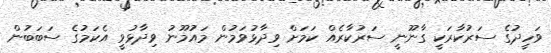
ވަހީދުގެ ސަރުކާރަކީ ގާނޫނީ ސަރުކާރެއް ކަމަށް ވިދާޅުވަމުން މައުމޫނު ވިދާޅުވީ އެކަމުގެ ސަބަބުން